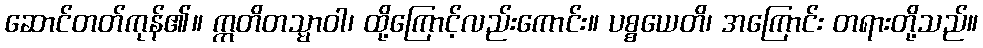
ဆောင်တတ်ကုန်၏။ ဣတိတသ္မာဝါ၊ ထို့ကြောင့်လည်းကောင်း။ ပစ္စယေတိ၊ အကြောင်း တရားတို့သည်။